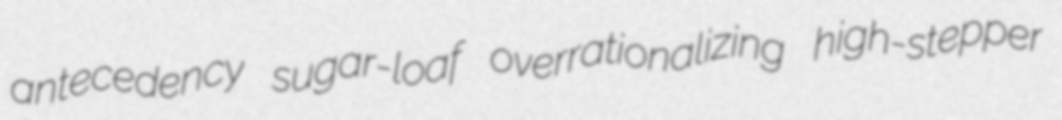
antecedency sugar-loaf overrationalizing high-stepper